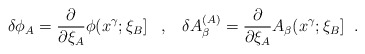
\begin{align*} \delta\phi_{A}=\frac{\partial}{\partial\xi_{A}}\phi(x^{\gamma};\xi_{B}] \;\;\;,\;\;\; \delta A_{\beta}^{(A)}=\frac{\partial}{\partial\xi_{A}} A_{\beta}(x^{\gamma};\xi_{B}] \;\;.\end{align*}